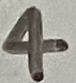
Text: 4